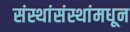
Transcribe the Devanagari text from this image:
संस्थांसंस्थांमधून